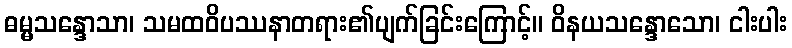
ဓမ္မသန္ဒောသာ၊ သမထဝိပဿနာတရား၏ပျက်ခြင်းကြောင့်။ ဝိနယသန္ဒောသော၊ ငါးပါး